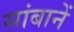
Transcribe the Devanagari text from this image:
सांबानें